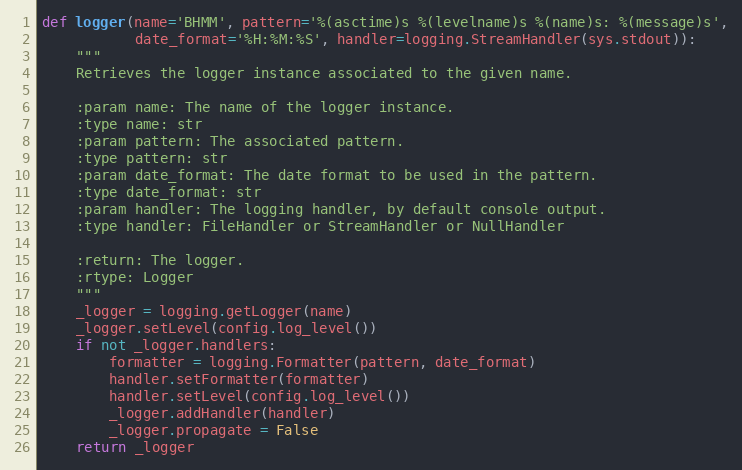
Language: Python
def logger(name='BHMM', pattern='%(asctime)s %(levelname)s %(name)s: %(message)s',
           date_format='%H:%M:%S', handler=logging.StreamHandler(sys.stdout)):
    """
    Retrieves the logger instance associated to the given name.

    :param name: The name of the logger instance.
    :type name: str
    :param pattern: The associated pattern.
    :type pattern: str
    :param date_format: The date format to be used in the pattern.
    :type date_format: str
    :param handler: The logging handler, by default console output.
    :type handler: FileHandler or StreamHandler or NullHandler

    :return: The logger.
    :rtype: Logger
    """
    _logger = logging.getLogger(name)
    _logger.setLevel(config.log_level())
    if not _logger.handlers:
        formatter = logging.Formatter(pattern, date_format)
        handler.setFormatter(formatter)
        handler.setLevel(config.log_level())
        _logger.addHandler(handler)
        _logger.propagate = False
    return _logger